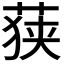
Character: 𮏶